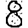
Digit: 8